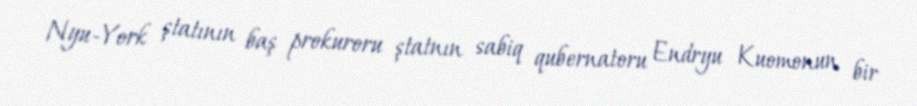
Nyu-York ştatının baş prokuroru ştatnın sabiq qubernatoru Endryu Kuomonun bir